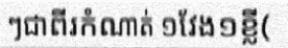
ៗជាពីរកំណាត់ ១វែង១ខ្លី(